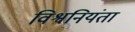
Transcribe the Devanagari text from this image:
विश्वनियंता